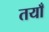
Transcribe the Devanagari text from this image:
तयाँ